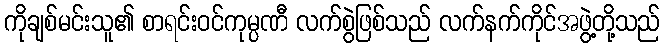
ကိုချစ်မင်းသူ၏ စာရင်းဝင်ကုမ္ပဏီ လက်စွဲဖြစ်သည် လက်နက်ကိုင်အဖွဲ့တို့သည်